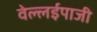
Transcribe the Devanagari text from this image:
वेल्लईपाजी